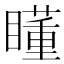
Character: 𥋾